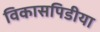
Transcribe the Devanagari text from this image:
विकासपिडीया